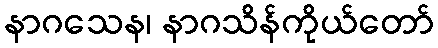
နာဂသေန၊ နာဂသိန်ကိုယ်တော်